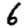
Digit: 6